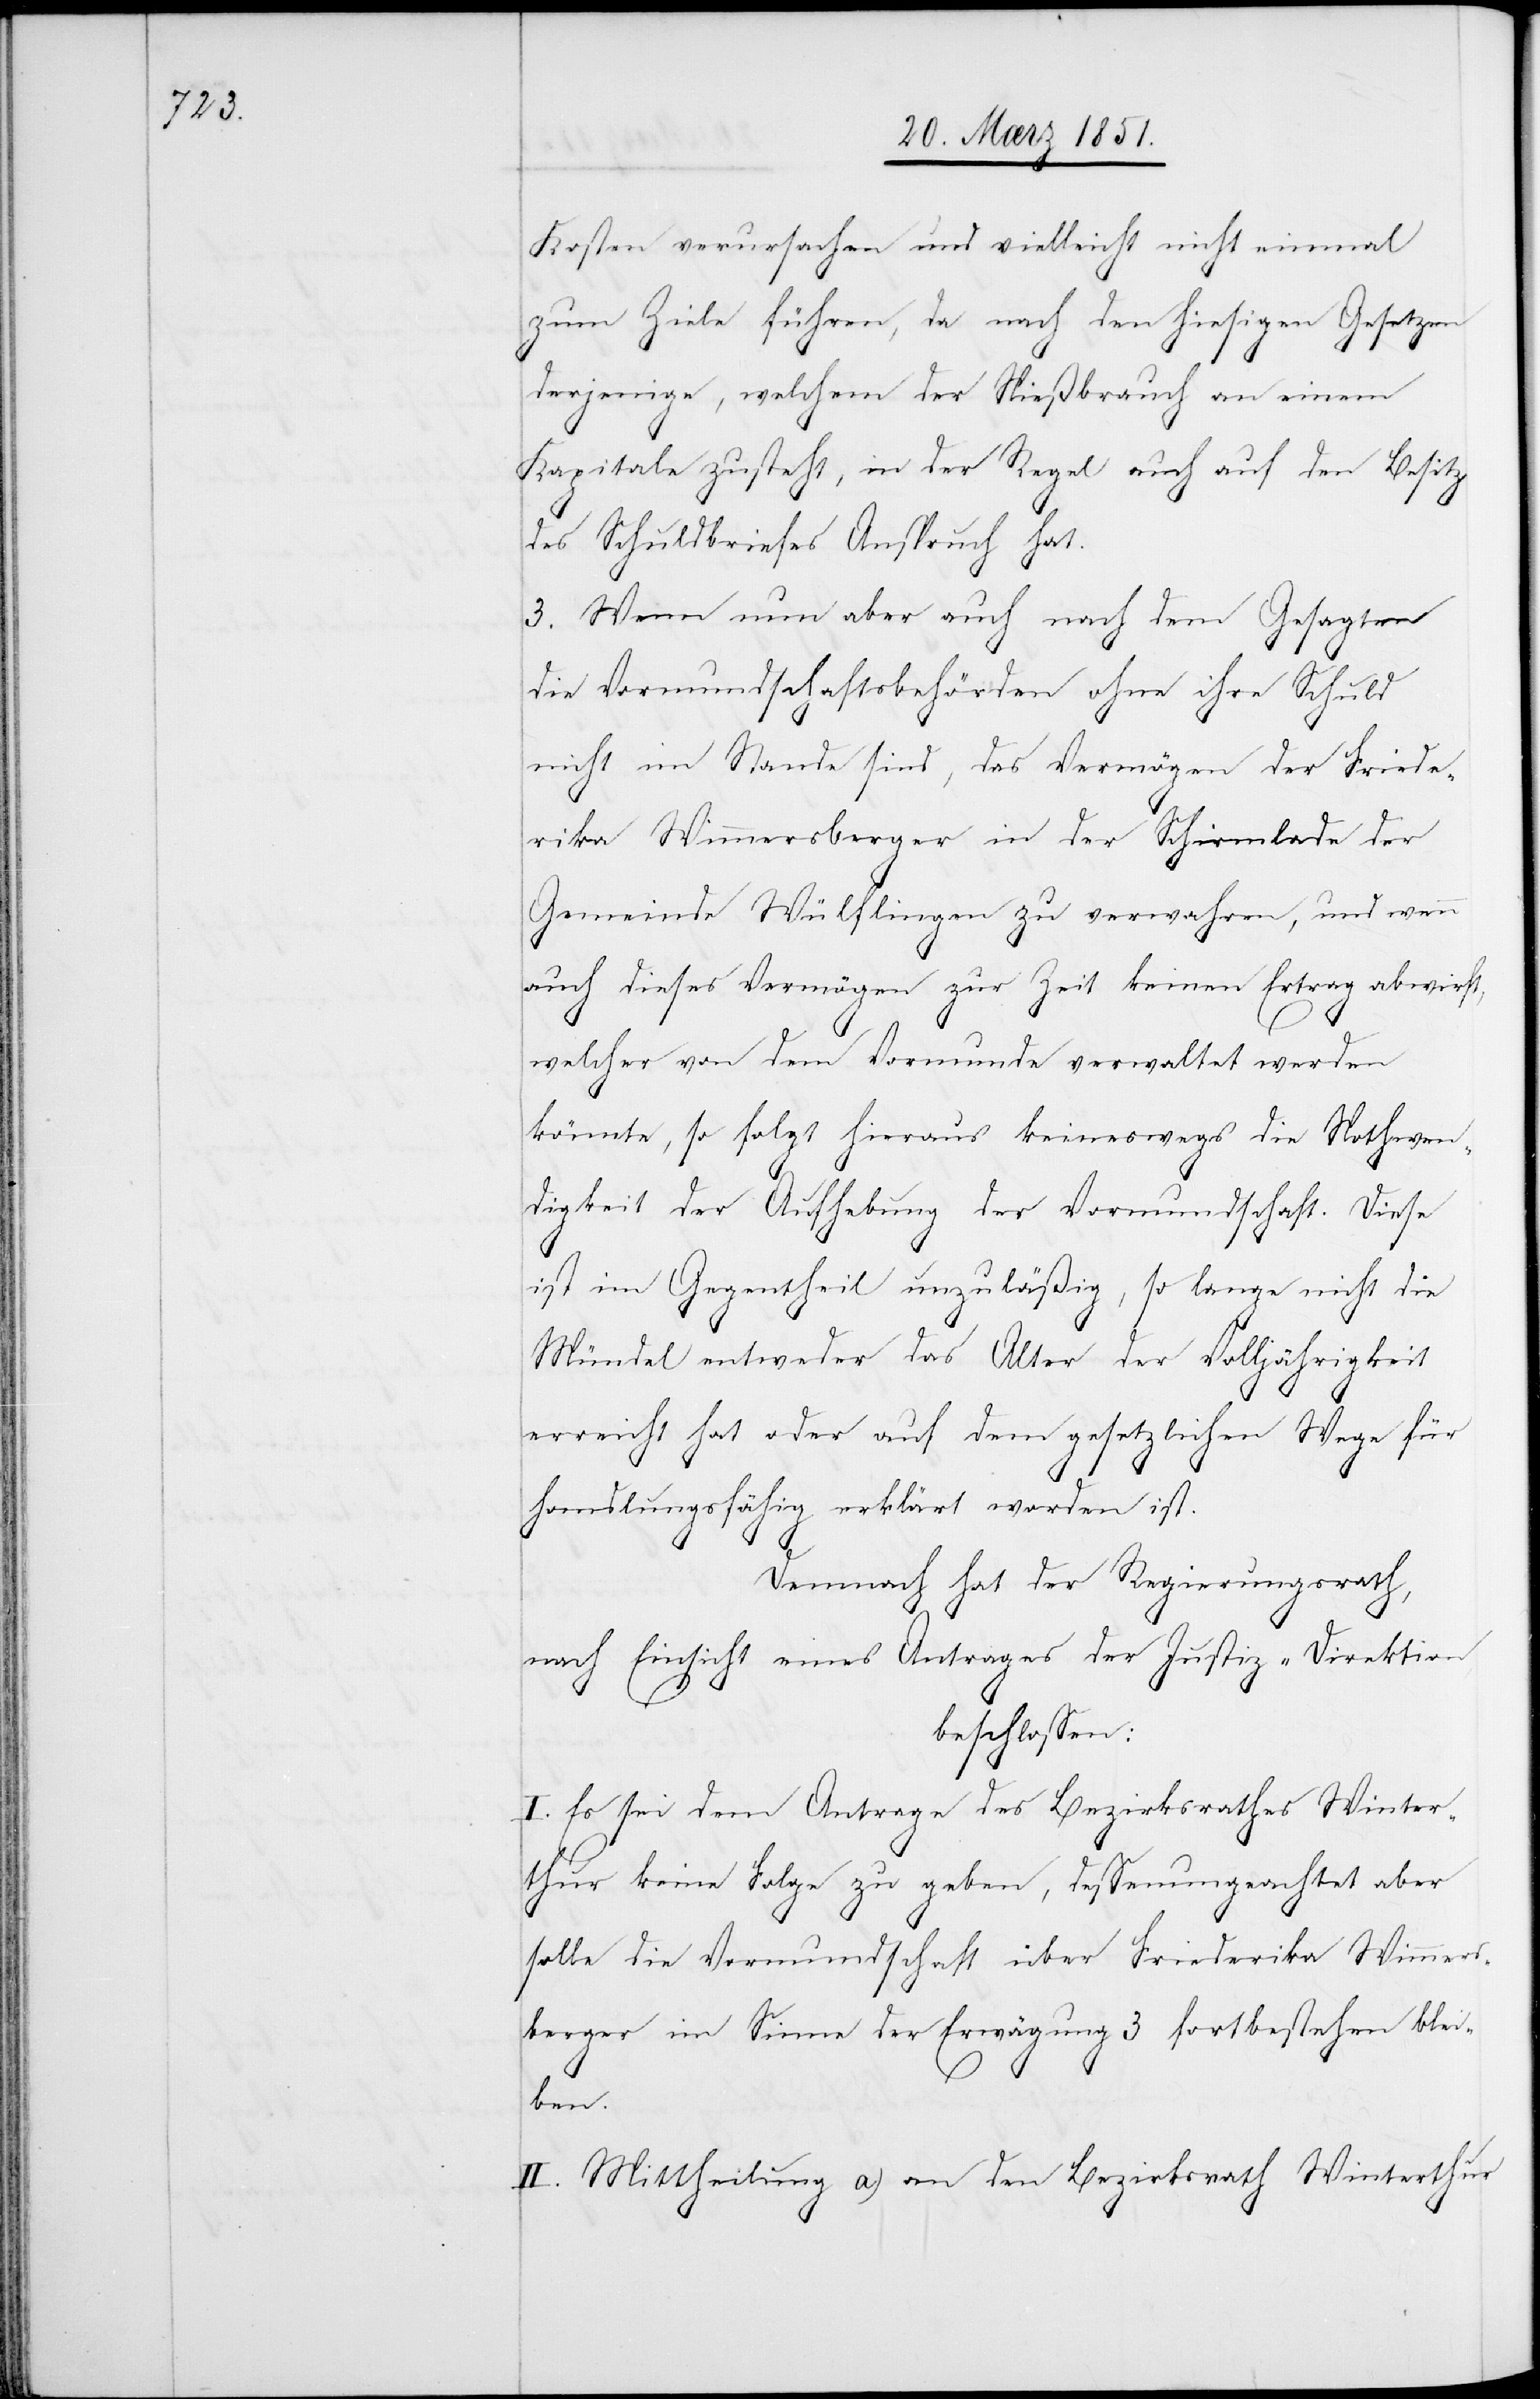
Kosten verursachen und vielleicht nicht einmal
zum Ziele führen, da nach den hiesigen Gesetzen
derjenige, welchem der Nießbrauch an einem
Kapitale zusteht, in der Regel auch auf den Besitz
des Schuldbriefes Anspruch hat.
3. Wenn nun aber auch nach dem Gesagten
die Vormundschaftsbehörden ohne ihre Schuld
nicht im Stande sind, das Vermögen der Friede¬
rika Wimmersberger in der Schirmlade der
Gemeinde Wülflingen zu verwahren, und wenn
auch dieses Vermögen zur Zeit keinen Ertrag abwirft,
welcher von dem Vormunde verwaltet werden
könnte, so folgt hieraus keineswegs die Nothwen¬
digkeit der Aufhebung der Vormundschaft. Diese
ist im Gegentheil unzuläßig, so lange nicht die
Mündel entweder das Alter der Volljährigkeit
erreicht hat oder auf dem gesetzlichen Wege für
handlungsfähig erklärt worden ist.
Demnach hat der Regierungsrath,
nach Einsicht eines Antrages der Justiz-Direktion,
beschlossen:
I. Es sei dem Antrage des Bezirksrathes Winter¬
thur keine Folge zu geben, dessenungeachtet aber
solle die Vormundschaft über Friederika Wimmers¬
berger im Sinne der Erwägung 3 fortbestehen blei¬
ben.
II. Mittheilung a) an den Bezirksrath Winterthur